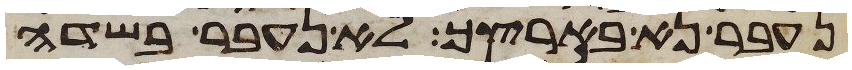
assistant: נעבר נא בארצך לא נעבר בשדה